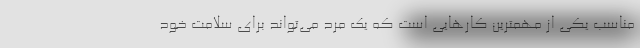
مناسب یکی از مهمترین کار‌هایی است که یک مرد می‌تواند برای سلامت خود